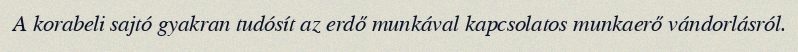
A korabeli sajtó gyakran tudósít az erdő munkával kapcsolatos munkaerő vándorlásról.